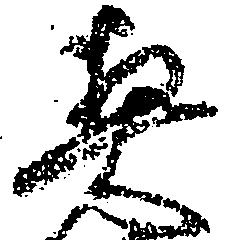
契